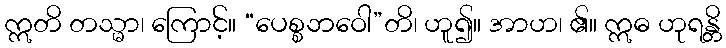
ဣတိ တသ္မာ၊ ကြောင့်။ “ပေစ္စဘဝေါ”တိ၊ ဟူ၍။ အာဟ၊ ၏။ ဣဓ ဟုရန္တိ